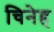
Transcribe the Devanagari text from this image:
चिनेह